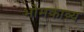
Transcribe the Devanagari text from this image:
भोमकाव्य